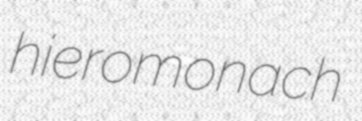
hieromonach